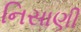
નિસાણી